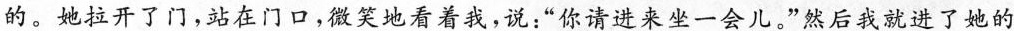
的。她拉开了门，站在门口，微笑地看着我，说：”你请进来坐一会儿。”然后我就进了她的